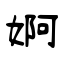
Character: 婀